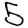
Digit: 5